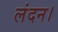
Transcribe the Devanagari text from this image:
लंदन।